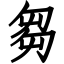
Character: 芻